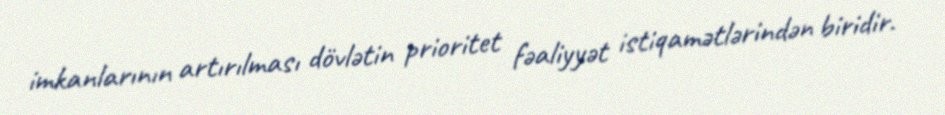
imkanlarının artırılması dövlətin prioritet fəaliyyət istiqamətlərindən biridir.